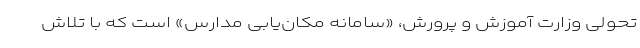
تحولی وزارت آموزش و پرورش، «سامانه مکان‌یابی مدارس» است که با تلاش